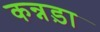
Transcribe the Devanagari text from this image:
कन्नड़ा